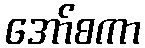
အော်စကာ